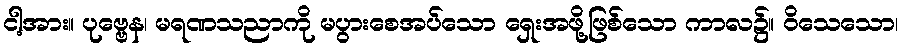
ငါ့အား။ ပုဗ္ဗေန၊ မရဏသညာကို မပွားစေအပ်သော ရှေးအဖို့ဖြစ်သော ကာလ၌။ ဝိသေသော၊